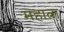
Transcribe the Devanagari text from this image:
महात्ना